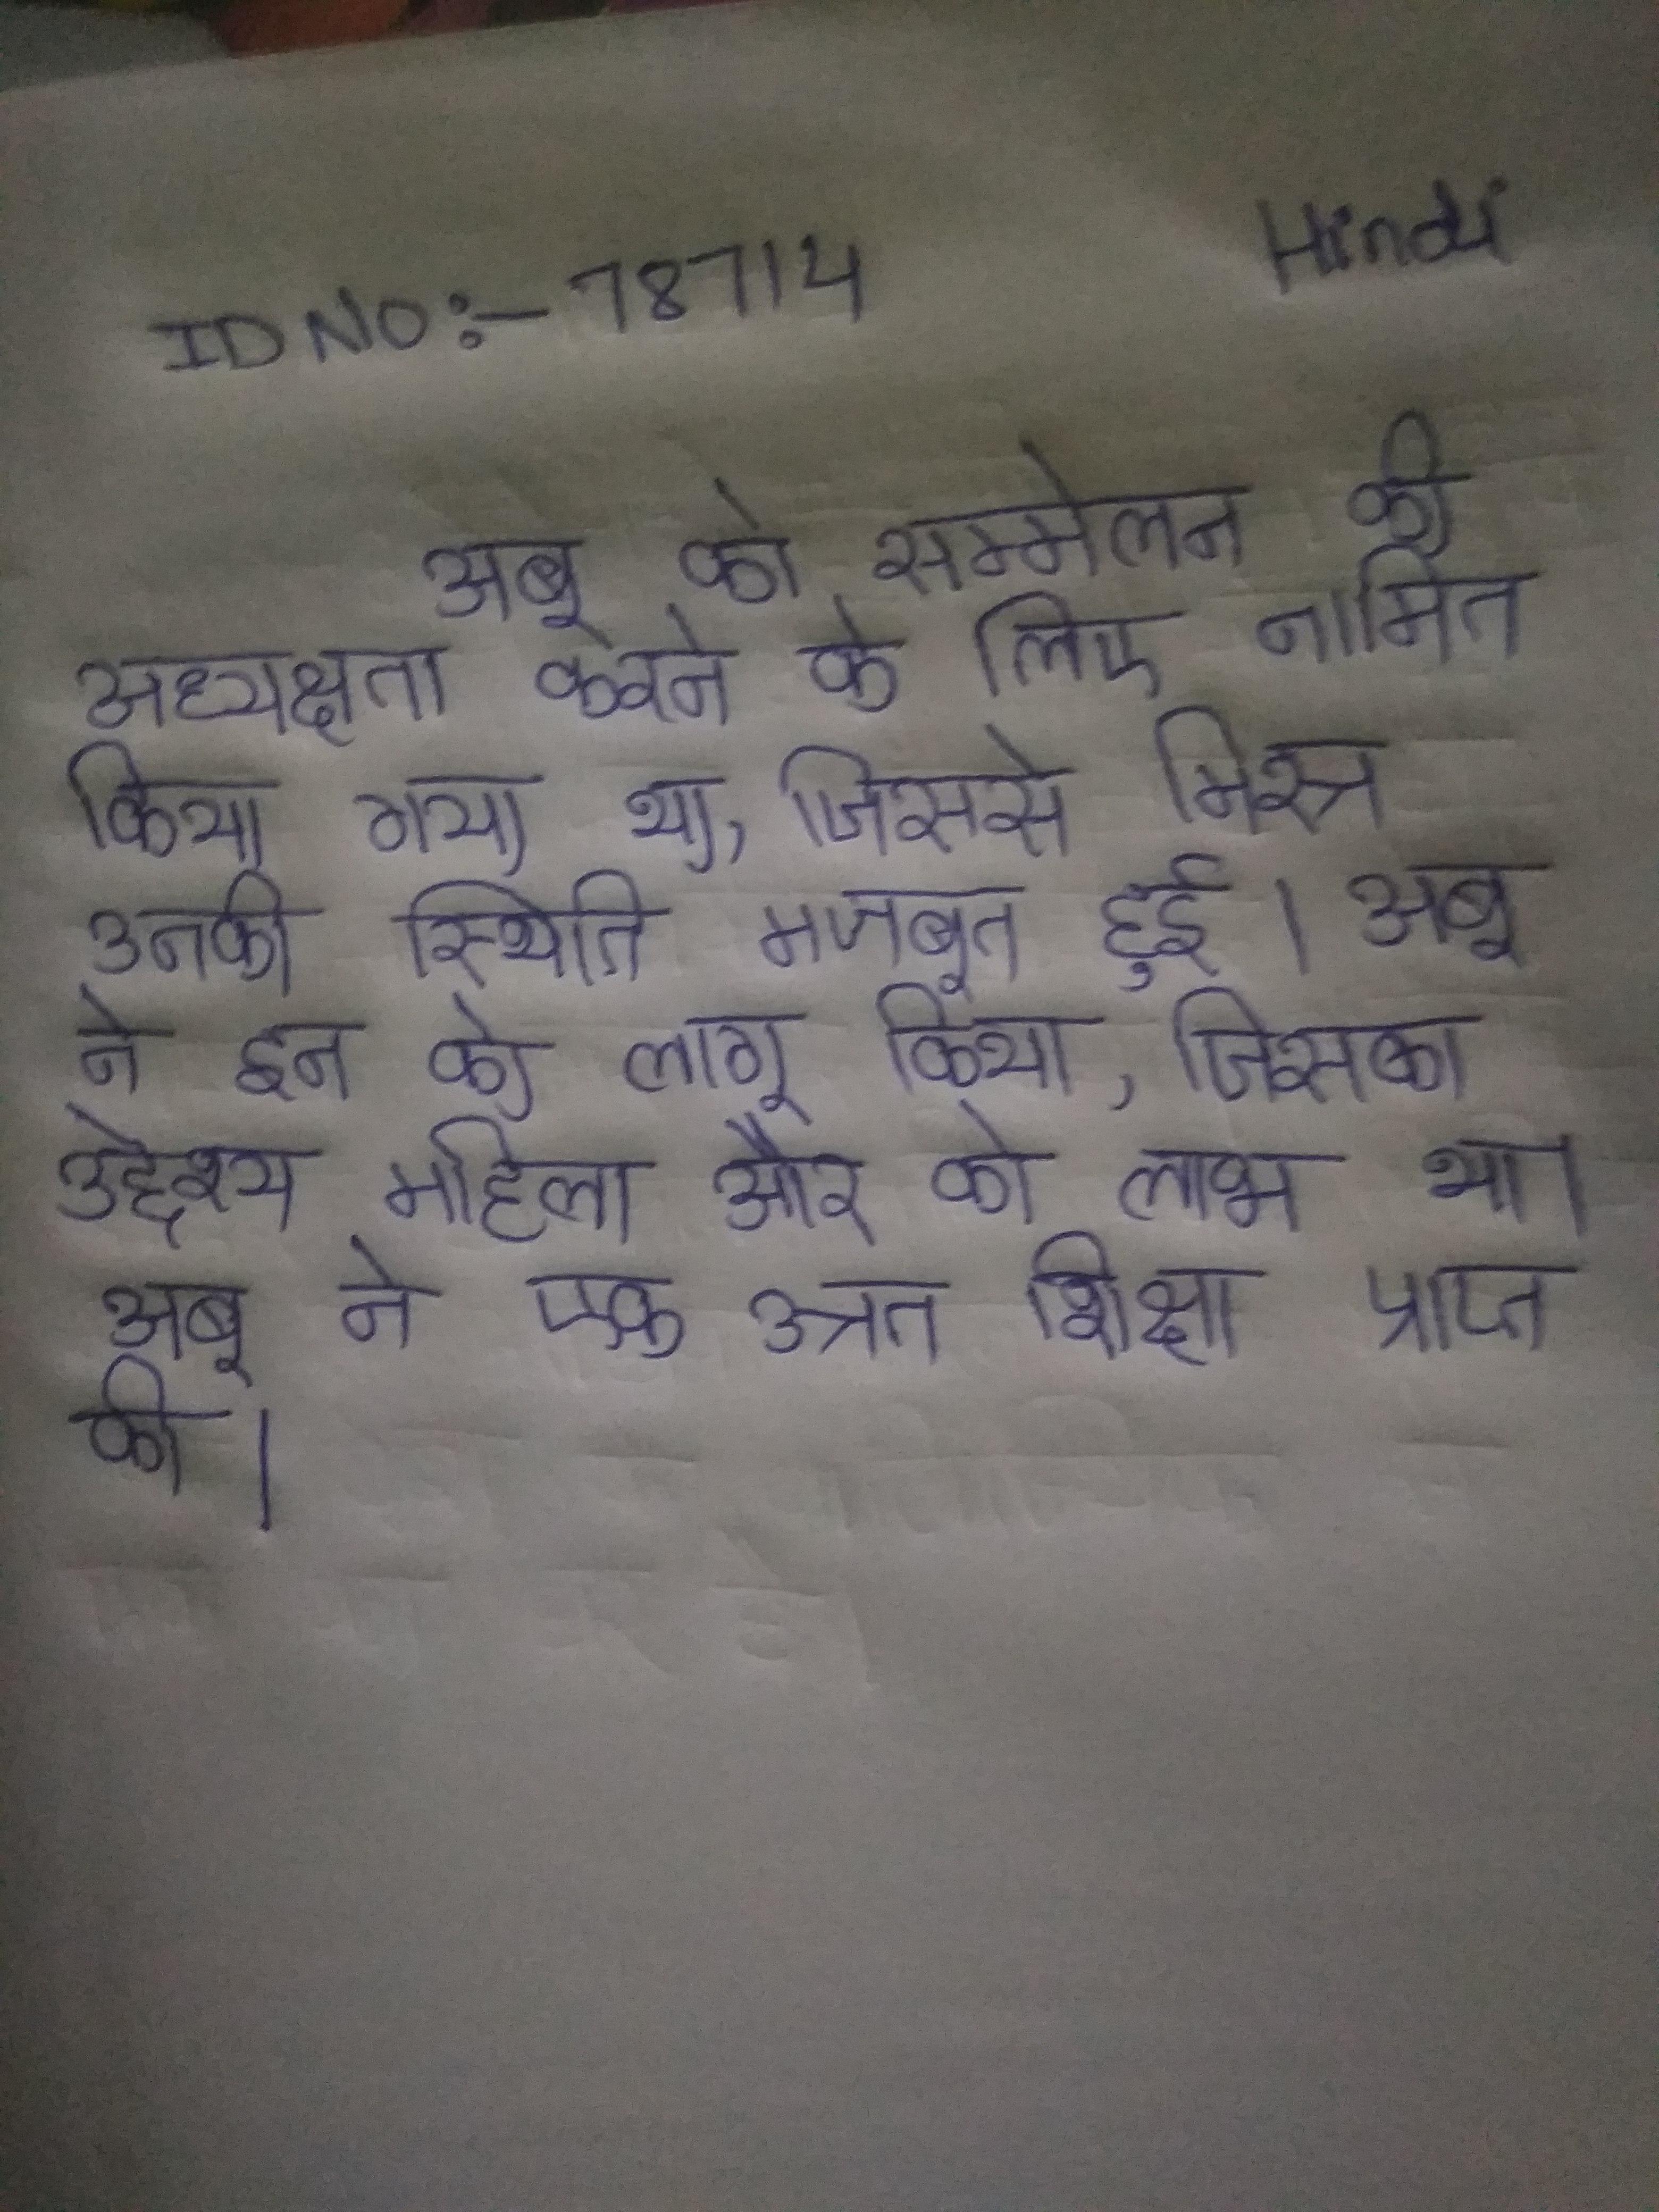
अबू को सम्मेलन की अध्यक्षता करने के लिए नामित किया गया था, जिससे मिस्र महिला के नेता के रूप उनकी स्थिति मजबूत हुई । अबू ने इन को लागू किया, जिसका उद्देश्य महिला और को लाभ था । अबू ने एक उन्नत शिक्षा प्राप्त की ।